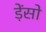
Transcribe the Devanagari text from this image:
ड़ेंसो